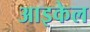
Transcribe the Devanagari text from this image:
आइकेल